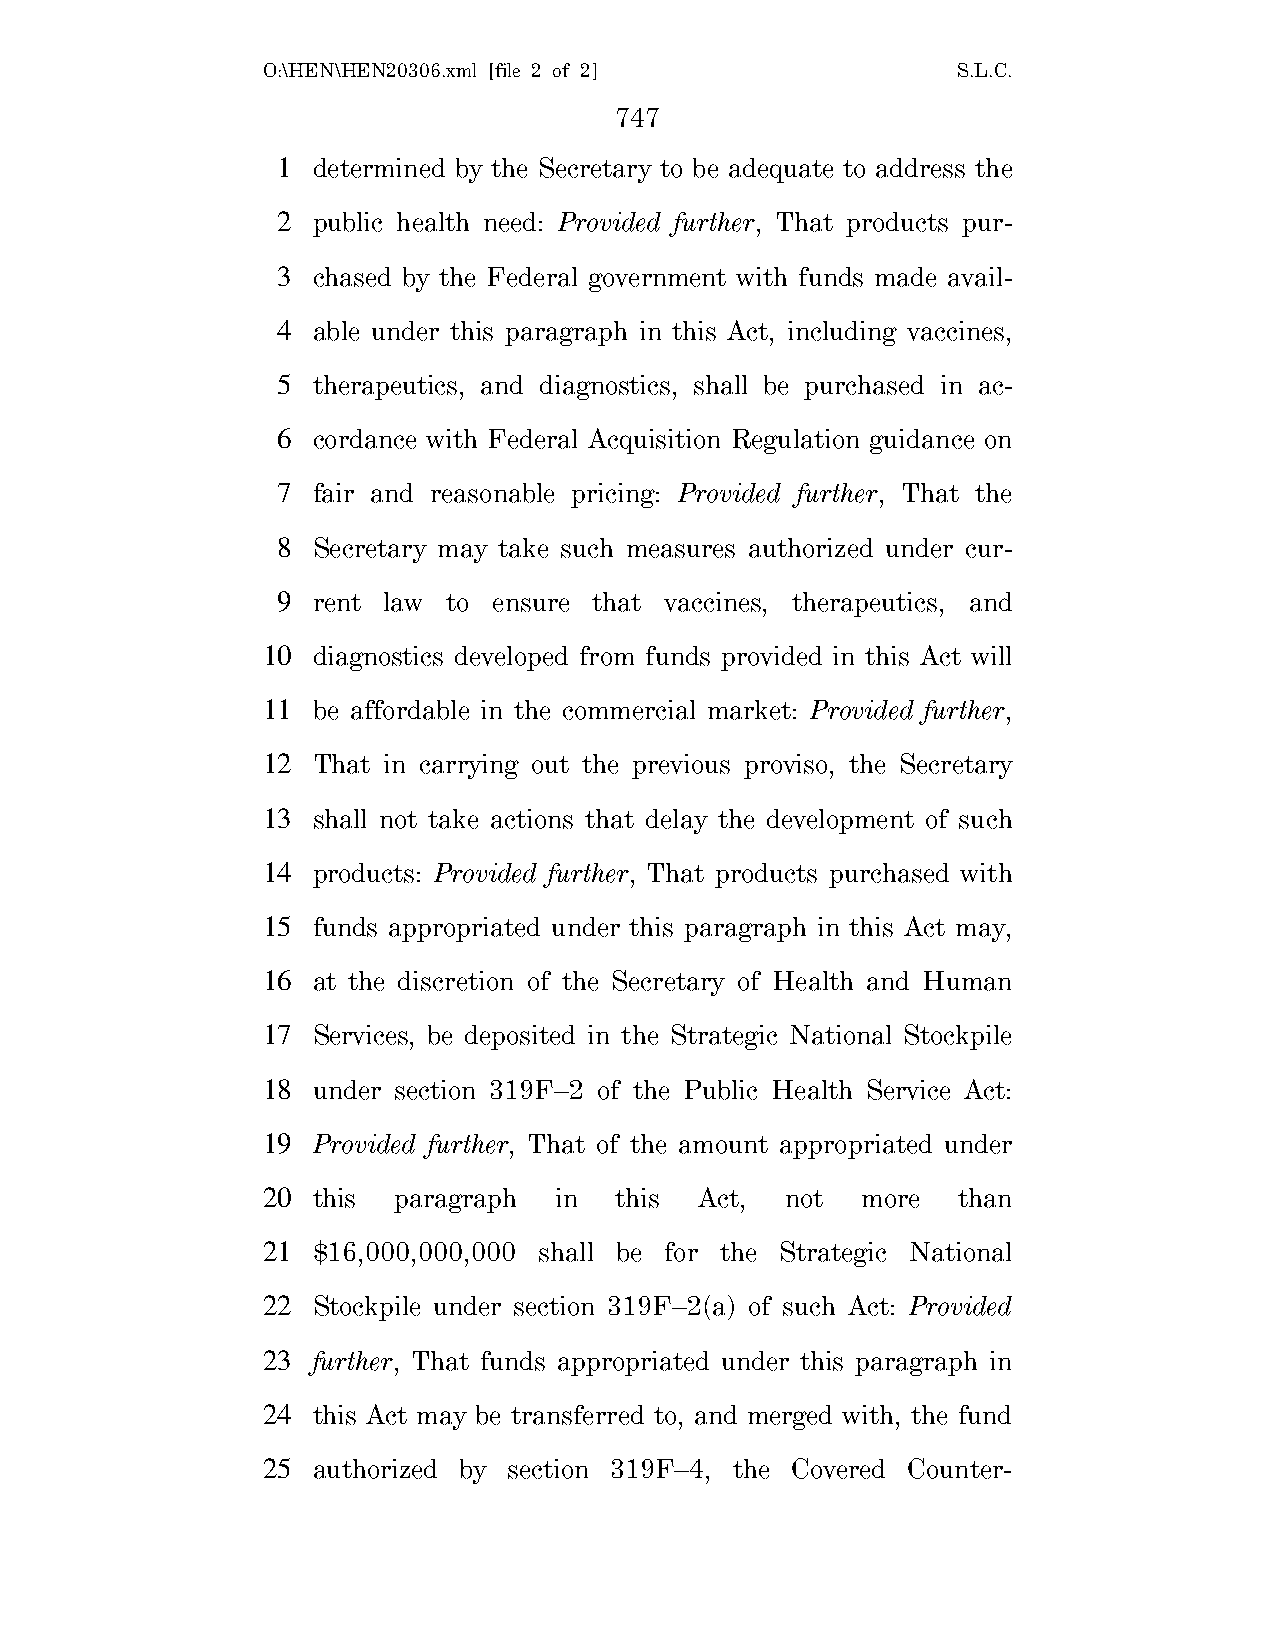
O:\HEN\HEN20306.xml [file 2 of 2]             S.L.C.
 747
 1  determined by the Secretary to be adequate to address the
 2  public health need: Provided further, That products pur-
 3  chased by the Federal government with funds made avail-
 4  able under this paragraph in this Act, including vaccines,
 5  therapeutics, and diagnostics, shall be purchased in ac-
 6  cordance with Federal Acquisition Regulation guidance on
 7  fair and reasonable pricing: Provided further, That the
 8  Secretary may take such measures authorized under cur-
 9  rent law to ensure that vaccines, therapeutics, and
 10  diagnostics developed from funds provided in this Act will
 11  be affordable in the commercial market: Provided further,
 12  That in carrying out the previous proviso, the Secretary
 13  shall not take actions that delay the development of such
 14  products: Provided further, That products purchased with
 15  funds appropriated under this paragraph in this Act may,
 16  at the discretion of the Secretary of Health and Human
 17  Services, be deposited in the Strategic National Stockpile
 18  under section 319F–2 of the Public Health Service Act:
 19  Provided further, That of the amount appropriated under
 20  this paragraph  in  this Act,  not  more  than
 21  $16,000,000,000 shall be for the Strategic National
 22  Stockpile under section 319F–2(a) of such Act: Provided
 23  further, That funds appropriated under this paragraph in
 24  this Act may be transferred to, and merged with, the fund
 25  authorized by section 319F–4, the Covered Counter-